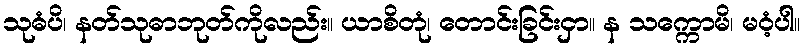
သုဓံပိ၊ နတ်သုဓာဘုတ်ကိုလည်း။ ယာစိတုံ၊ တောင်းခြင်းငှာ။ န သက္ကောမိ၊ မဝံ့ပါ။